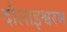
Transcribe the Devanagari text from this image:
दौलाइश्वरम